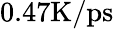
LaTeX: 0.47\mathrm{K/ps}